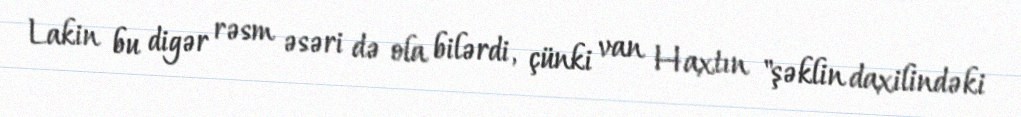
Lakin bu digər rəsm əsəri də ola bilərdi, çünki van Haxtın "şəklin daxilindəki